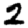
Digit: 2